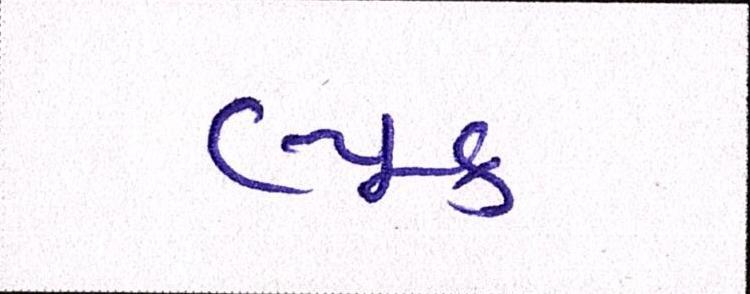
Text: લ્યૂક